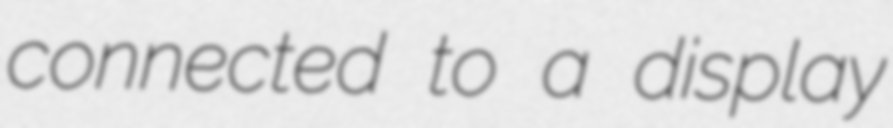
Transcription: connected to a display